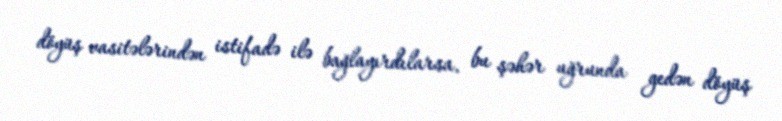
döyüş vasitələrindən istifadə ilə bağlayırdılarsa, bu şəhər uğrunda gedən döyüş